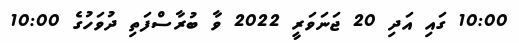
10:00 ގައި އަދި 20 ޖަނަވަރީ 2022 ވާ ބުރާސްފަތި ދުވަހުގެ 10:00